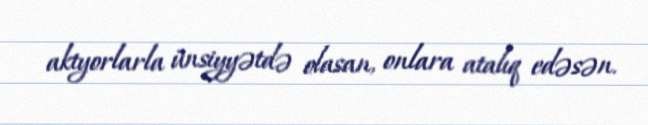
aktyorlarla ünsiyyətdə olasan, onlara atalıq edəsən.